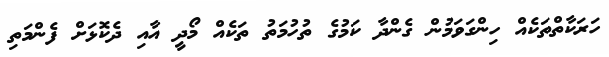
ހަރަކާތްތަކެއް ހިންގަވަމުން ގެންދާ ކަމުގެ ތުހުމަތު ތަކެއް މޯދީ އާއި ދެކޮޅަށް ފެންމަތި